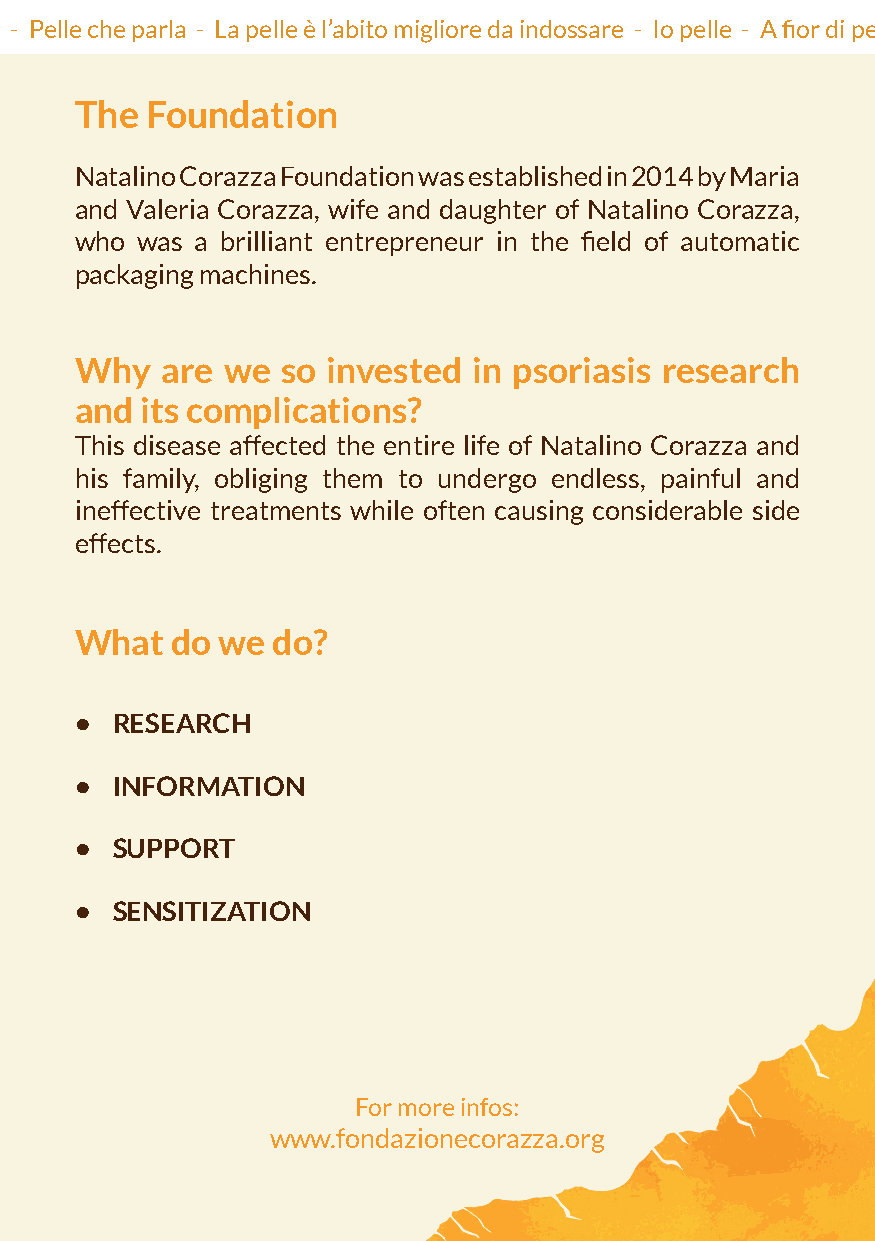
Io pelle - A fior di pelle - A pelle nuda - Racconti di pelle - Il profondo è la pelle - La pelle come metafora di vita - Pelle che parla - La pelle è l’abito migliore da indossare - Io pelle - A fior di pelle - A
 The  Foundation
 Natalino Corazza Foundation was established in 2014 by Maria
 and Valeria Corazza, wife and daughter of Natalino Corazza,
 who was a brilliant entrepreneur in the field of automatic
 packaging machines.
 Why   are we  so invested in psoriasis research
 and its complications?
 This disease affected the entire life of Natalino Corazza and
 his family, obliging them to undergo endless, painful and
 ineffective treatments while often causing considerable side
 effects.
 What  do we  do?
 • RESEARCH
 • INFORMATION
 • SUPPORT
 • SENSITIZATION
 For more infos:
 www.fondazionecorazza.org